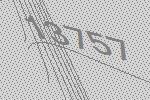
13757